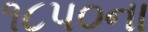
૧૮૫૦ના